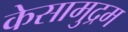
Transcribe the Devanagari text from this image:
केसामुद्रम